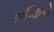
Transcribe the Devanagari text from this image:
हाप्किडो